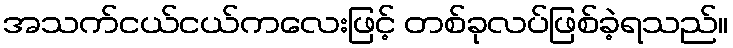
အသက်ငယ်ငယ်ကလေးဖြင့် တစ်ခုလပ်ဖြစ်ခဲ့ရသည်။